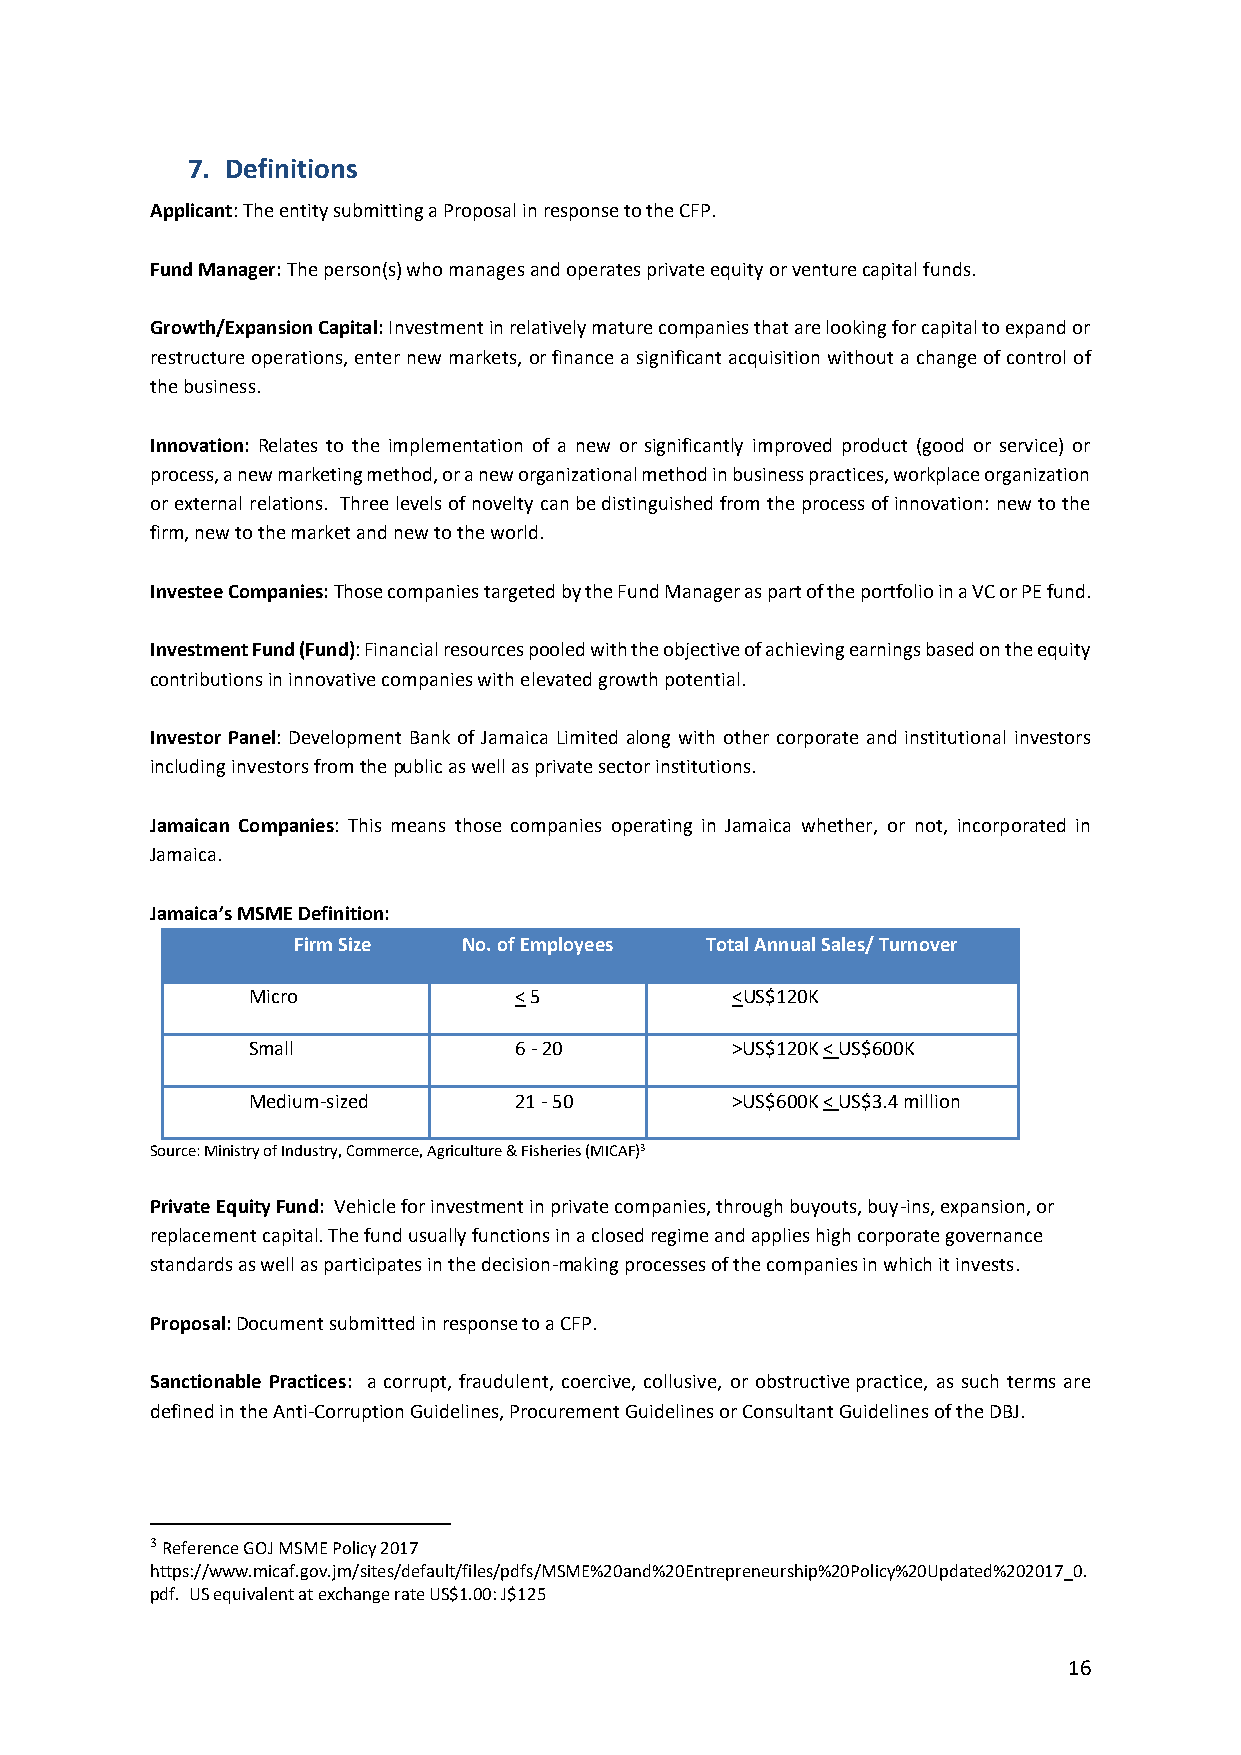
7. Definitions
 Applicant: The entity submitting a Proposal in response to the CFP.
 Fund Manager: The person(s) who manages and operates private equity or venture capital funds.
 Growth/Expansion Capital: Investment in relatively mature companies that are looking for capital to expand or
 restructure operations, enter new markets, or finance a significant acquisition without a change of control of
 the business.
 Innovation: Relates to the implementation of a new or significantly improved product (good or service) or
 process, a new marketing method, or a new organizational method in business practices, workplace organization
 or external relations. Three levels of novelty can be distinguished from the process of innovation: new to the
 firm, new to the market and new to the world.
 Investee Companies: Those companies targeted by the Fund Manager as part of the portfolio in a VC or PE fund.
 Investment Fund (Fund): Financial resources pooled with the objective of achieving earnings based on the equity
 contributions in innovative companies with elevated growth potential.
 Investor Panel: Development Bank of Jamaica Limited along with other corporate and institutional investors
 including investors from the public as well as private sector institutions.
 Jamaican Companies: This means those companies operating in Jamaica whether, or not, incorporated in
 Jamaica.
 Jamaica’s MSME Definition:
 Firm Size   No. of Employees Total Annual Sales/ Turnover
 Micro             < 5           <US$120K
 Small             6 - 20        >US$120K < US$600K
 Medium-sized      21 - 50       >US$600K < US$3.4 million
 Source: Ministry of Industry, Commerce, Agriculture & Fisheries (MICAF)3
 Private Equity Fund: Vehicle for investment in private companies, through buyouts, buy-ins, expansion, or
 replacement capital. The fund usually functions in a closed regime and applies high corporate governance
 standards as well as participates in the decision-making processes of the companies in which it invests.
 Proposal: Document submitted in response to a CFP.
 Sanctionable Practices: a corrupt, fraudulent, coercive, collusive, or obstructive practice, as such terms are
 defined in the Anti-Corruption Guidelines, Procurement Guidelines or Consultant Guidelines of the DBJ.
 3 Reference GOJ MSME Policy 2017
 https://www.micaf.gov.jm/sites/default/files/pdfs/MSME%20and%20Entrepreneurship%20Policy%20Updated%202017_0.
 pdf. US equivalent at exchange rate US$1.00: J$125
 16